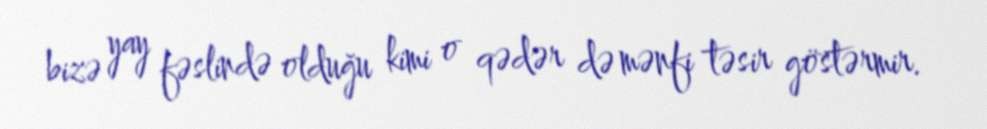
bizə yay fəslində olduğu kimi o qədər də mənfi təsir göstərmir.